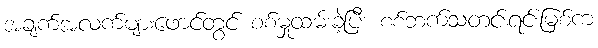
အချက်အလက်များဖောင်တွင် စစ်မှုထမ်းခဲ့ပြီး စစ်ဘက်သတင်းရင်းမြစ်က